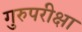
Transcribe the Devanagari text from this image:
गुरुपरीक्षा